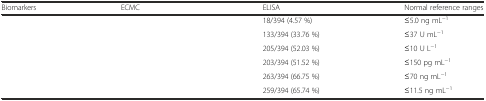
<table><thead><tr><td><b>Biomarkers</b></td><td><b>ECMC</b></td><td><b>ELISA</b></td><td><b>Normal reference ranges</b></td></tr></thead><tbody><tr><td>[EMPTY_CELL]</td><td>[EMPTY_CELL]</td><td>18/394 (4.57 %)</td><td>≤5.0 ng mL<sup>−1</sup></td></tr><tr><td>[EMPTY_CELL]</td><td>[EMPTY_CELL]</td><td>133/394 (33.76 %)</td><td>≤37 U mL<sup>−1</sup></td></tr><tr><td>[EMPTY_CELL]</td><td>[EMPTY_CELL]</td><td>205/394 (52.03 %)</td><td>≤10 U L<sup>−1</sup></td></tr><tr><td>[EMPTY_CELL]</td><td>[EMPTY_CELL]</td><td>203/394 (51.52 %)</td><td>≤150 pg mL<sup>−1</sup></td></tr><tr><td>[EMPTY_CELL]</td><td>[EMPTY_CELL]</td><td>263/394 (66.75 %)</td><td>≤70 ng mL<sup>−1</sup></td></tr><tr><td>[EMPTY_CELL]</td><td>[EMPTY_CELL]</td><td>259/394 (65.74 %)</td><td>≤11.5 ng mL<sup>−1</sup></td></tr></tbody></table>